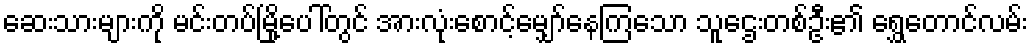
ဆေးသားများကို မင်းတပ်မြို့ပေါ်တွင် အားလုံးစောင့်မျှော်နေကြသော သူဌေးတစ်ဦး၏ ရွှေတောင်လမ်း